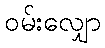
ဝမ်းလျှော